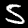
Digit: 5